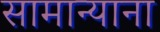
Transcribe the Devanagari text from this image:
सामान्याना